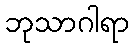
ဘုသာဂါရာ